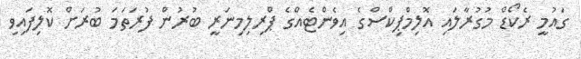
ގައުމީ ރެކޯޑް މުގުރާލައި އޮލިމްޕިކްސްގެ އިވެންޓެއްގެ ޕްރިލިމިނަރީ ބުރުން ފުރަތަމަ ބުރަށް ކޮލިފައިވި